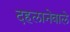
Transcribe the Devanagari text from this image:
दहलानेवाले